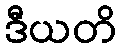
ဒီယတိ